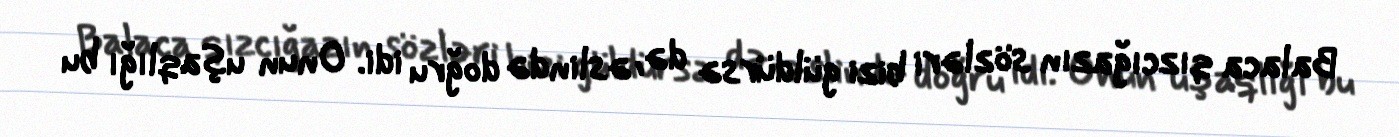
Balaca qızcığazın sözləri bizi güldürsə də, əslində doğru idi. Onun uşaqlığı bu